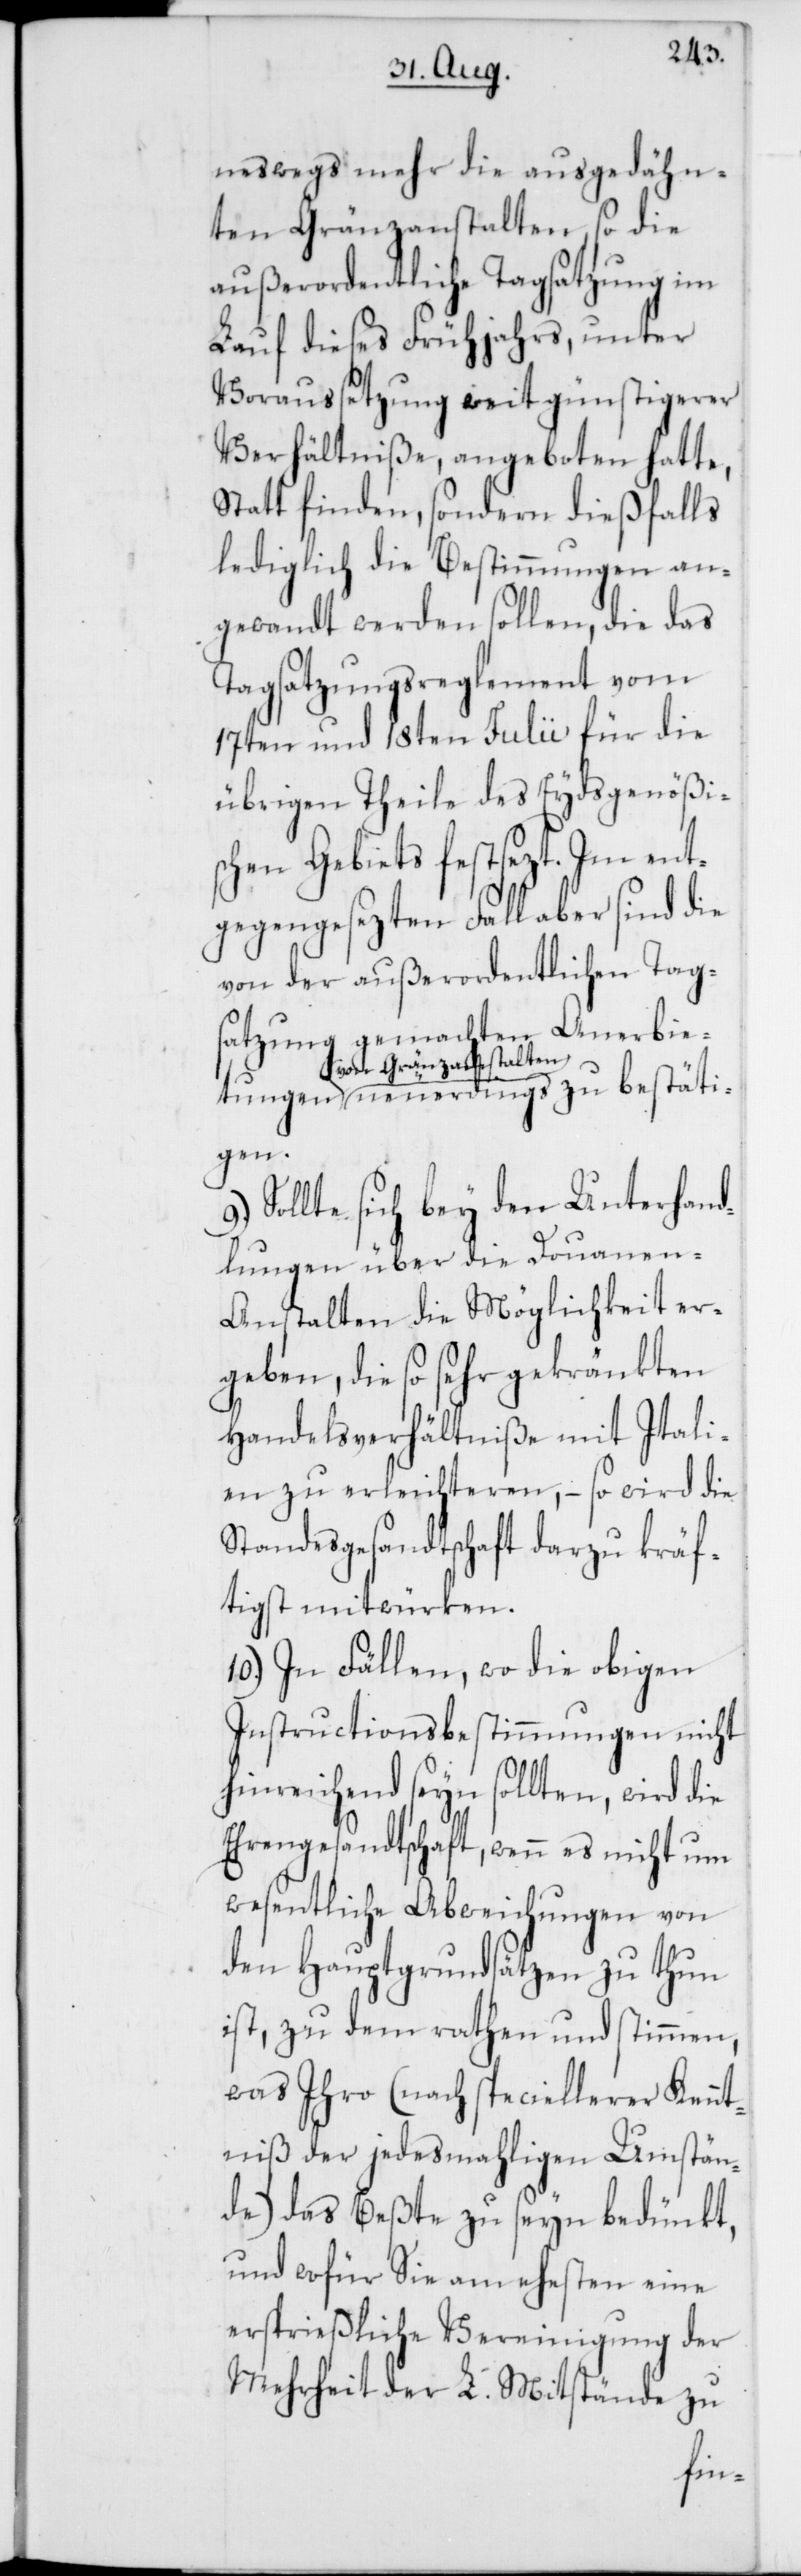
neswegs mehr die ausgedähn¬
ten Gränzanstalten, so die
außerordentliche Tagsatzung im
Lauf dieses Frühjahrs, unter
Voraussetzung weit günstigerer
Verhältniße, angeboten hatte,
Statt finden, sondern dießfalls
lediglich die Bestimmungen an¬
gewandt werden sollen, die das
Tagsatzungsreglement vom
17ten und 18ten Julii für die
übrigen Theile des Eydsgenößi¬
schen Gebiets festsezt. Im ent¬
gegengesezten Fall aber sind die
von der außerordentlichen Tag¬
satzung gemachten Anerbie¬
von Gränzanstalten
neuerdings zu bestäti¬
gen.
Sollte sich bey den Unterhand¬
lungen über die Douane¬
n-Anstalten die Möglichkeit er¬
geben, die so sehr gekränkten
Handelsverhältniße mit Itali¬
en zu erleichteren, – so wird die
Standesgesandtschaft darzu kräf¬
tigst mitwürken.
10.) In Fällen, wo die obigen
Instructionsbestimmungen nicht
hinreichend seyn sollten, wird
Ehrengesandtschaft, wenn es nicht um
wesentliche Abweichungen von
den Hauptgrundsätzen zu thun
ist, zu dem rathen und stimmen,
was Ihro (nach speciellerer Kennt¬
niß der jedesmahligen Umstän¬
de) das Beßte zu seyn bedünkt,
und wofür Sie am ehesten eine
ersprießliche Vereinigung der
Mehrheit der L. Mitstände zu
tun¬